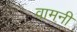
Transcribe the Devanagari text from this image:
वामनी